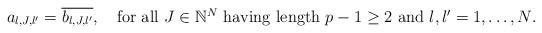
LaTeX: \begin{align*}a_{l,J,l'}=\overline{b_{l,J,l'}},\quad\mbox{for all $J\in\mathbb{N}^{N}$ having length $p-1\geq 2$ and $l,l'=1,\dots,N$.}\end{align*}